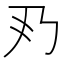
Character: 𠂐